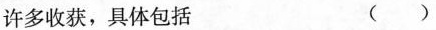
许多收获，具体包括 ()